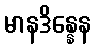
မာနဒိန္နေန